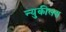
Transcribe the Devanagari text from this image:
न्युकीलस